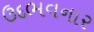
ઉદભવનાર